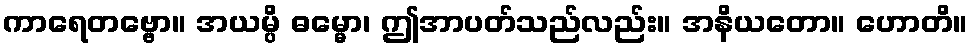
ကာရေတဗ္ဗော။ အယမ္ပိ ဓမ္မော၊ ဤအာပတ်သည်လည်း။ အနိယတော။ ဟောတိ။